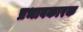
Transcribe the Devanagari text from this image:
प्रभावकारक